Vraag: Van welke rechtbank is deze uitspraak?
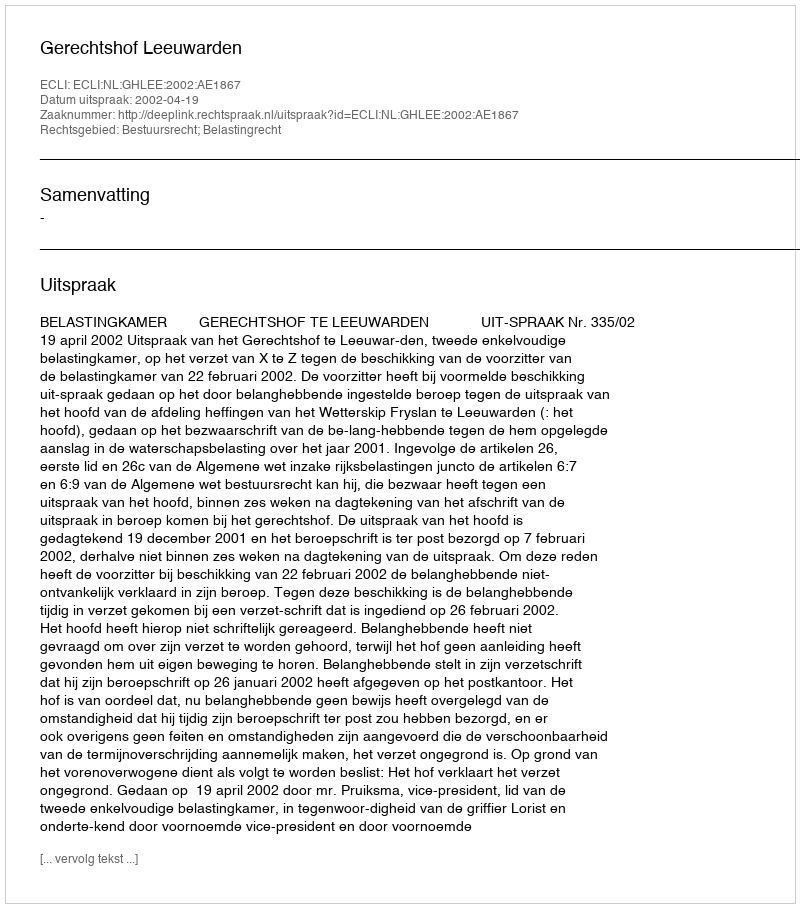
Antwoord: Gerechtshof Leeuwarden